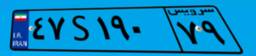
۲۲S۵۶۱۴۶